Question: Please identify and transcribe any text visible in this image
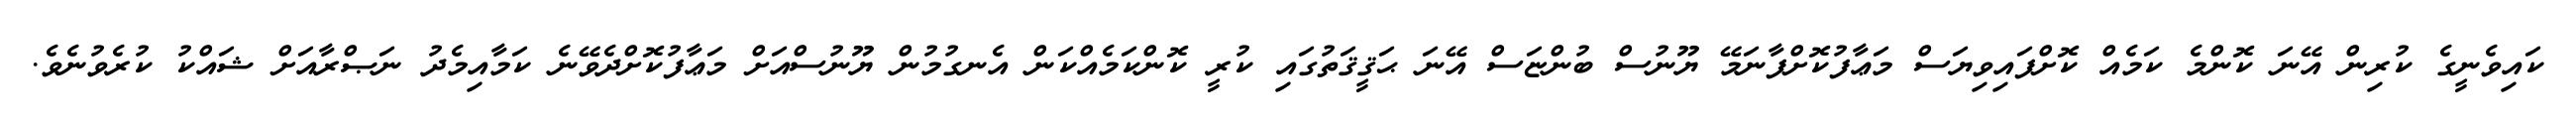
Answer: ކައިވެނީގެ ކުރިން އޭނަ ކޮންމެ ކަމެއް ކޮށްފައިވިޔަސް މަޢާފުކޮށްފާނަމޭ ޔޫނުސް ބުންޏަސް އޭނަ ޙަޤީޤަތުގައި ކުރީ ކޮންކަމެއްކަން އެނގުމުން ޔޫނުސްއަށް މަޢާފުކޮށްދެވޭނެ ކަމާއިމެދު ނަޞްރާއަށް ޝައްކު ކުރެވުނެވެ.